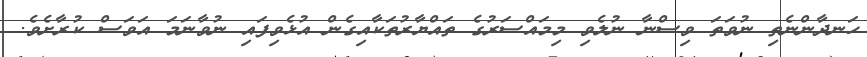
ހަނދާންނެތި ނުވަތަ ވިސްނާ ނުލެވި މިމައްސަރުގެ ތައްޔާރުތަކާއިގެން އުޅެވިފައި ނުވާނަމަ އަވަސް ކުރާށެވެ.